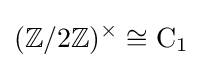
(\mathbb {Z} /2\mathbb {Z} )^{\times }\cong \mathrm {C} _{1}